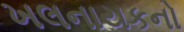
ખલનાયકનો